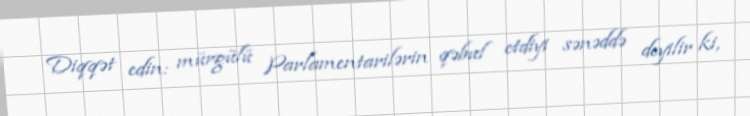
Diqqət edin: mürgülü Parlamentarilərin qəbul etdiyi sənəddə deyilir ki,